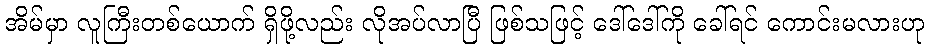
အိမ်မှာ လူကြီးတစ်ယောက် ရှိဖို့လည်း လိုအပ်လာပြီ ဖြစ်သဖြင့် ဒေါ်ဒေါ်ကို ခေါ်ရင် ကောင်းမလားဟု